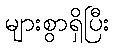
များစွာရှိပြီး